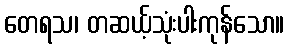
တေရသ၊ တဆယ့်သုံးပါးကုန်သော။